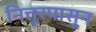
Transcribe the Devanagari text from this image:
नित्तूरपासून